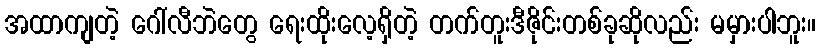
အထာကျတဲ့ ဂေါ်လီဘဲတွေ ရေးထိုးလေ့ရှိတဲ့ တက်တူးဒီဇိုင်းတစ်ခုဆိုလည်း မမှားပါဘူး။